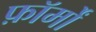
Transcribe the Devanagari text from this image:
फ़ॉर्मों